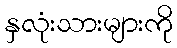
နှလုံးသားများကို